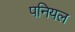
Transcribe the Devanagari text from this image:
पनियल